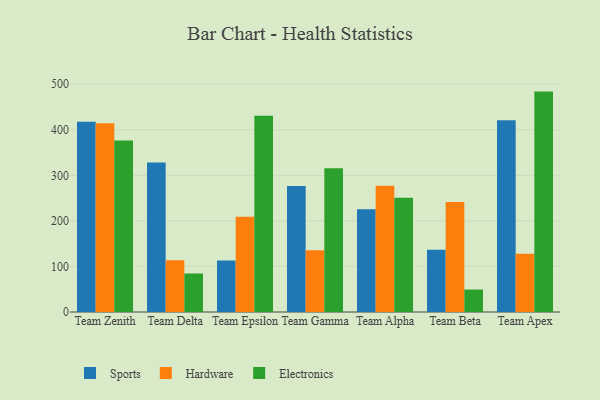
{"axis": {"x": "Team", "y": "Waste Production (Tons)"}, "legend": ["Electronics", "Hardware", "Sports"], "data": [{"x": "Team Zenith", "y": 417.6, "type": "Sports"}, {"x": "Team Zenith", "y": 414.5, "type": "Hardware"}, {"x": "Team Zenith", "y": 376.2, "type": "Electronics"}, {"x": "Team Delta", "y": 328.3, "type": "Sports"}, {"x": "Team Delta", "y": 113.6, "type": "Hardware"}, {"x": "Team Delta", "y": 84.6, "type": "Electronics"}, {"x": "Team Epsilon", "y": 112.9, "type": "Sports"}, {"x": "Team Epsilon", "y": 209.0, "type": "Hardware"}, {"x": "Team Epsilon", "y": 431.0, "type": "Electronics"}, {"x": "Team Gamma", "y": 276.7, "type": "Sports"}, {"x": "Team Gamma", "y": 135.3, "type": "Hardware"}, {"x": "Team Gamma", "y": 315.3, "type": "Electronics"}, {"x": "Team Alpha", "y": 225.8, "type": "Sports"}, {"x": "Team Alpha", "y": 277.0, "type": "Hardware"}, {"x": "Team Alpha", "y": 250.6, "type": "Electronics"}, {"x": "Team Beta", "y": 136.6, "type": "Sports"}, {"x": "Team Beta", "y": 241.7, "type": "Hardware"}, {"x": "Team Beta", "y": 49.4, "type": "Electronics"}, {"x": "Team Apex", "y": 420.8, "type": "Sports"}, {"x": "Team Apex", "y": 127.9, "type": "Hardware"}, {"x": "Team Apex", "y": 483.8, "type": "Electronics"}]}